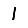
Digit: 1